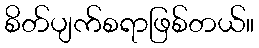
စိတ်ပျက်စရာဖြစ်တယ်။